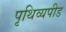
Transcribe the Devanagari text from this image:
पृथिव्यपीड